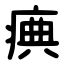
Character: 痶